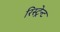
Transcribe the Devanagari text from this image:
रिस्ट्रेन्ट